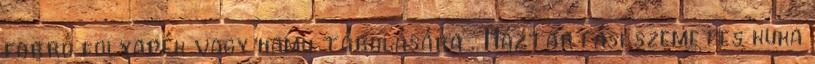
forró folyadék vagy hamu tárolására . Háztartási szemetes kuka